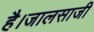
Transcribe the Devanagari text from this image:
है।जालसाजी